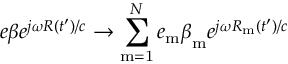
e \boldsymbol { \beta } e ^ { j \omega R ( t ^ { \prime } ) / c } \rightarrow \sum _ { \mathrm { m = 1 } } ^ { N } e _ { \mathrm { m } } \boldsymbol { \beta } _ { \mathrm { m } } e ^ { j \omega R _ { \mathrm { m } } ( t ^ { \prime } ) / c }